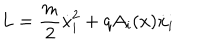
L = \frac { m } { 2 } \dot { x } _ { i } ^ { 2 } + q A _ { i } ( x ) \dot { x } _ { i }